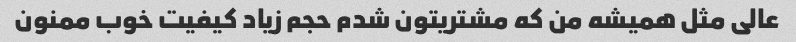
عالی مثل همیشه من که مشتریتون شدم حجم زیاد کیفیت خوب ممنون